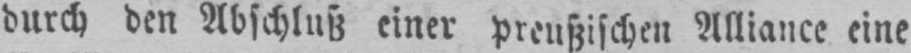
durch den Abschluß einer preußischen Alliance eine